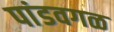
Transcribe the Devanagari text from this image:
पांडवगळ